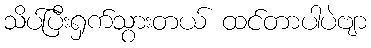
သိပ်ပြီးရှက်သွားတယ် ထင်တာပါပဲဗျာ